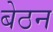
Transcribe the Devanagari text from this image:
बेठन